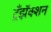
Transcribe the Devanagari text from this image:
ट्रँझॅक्शन